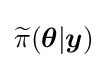
{\widetilde {\pi }}({\boldsymbol {\theta }}|{\boldsymbol {y}})